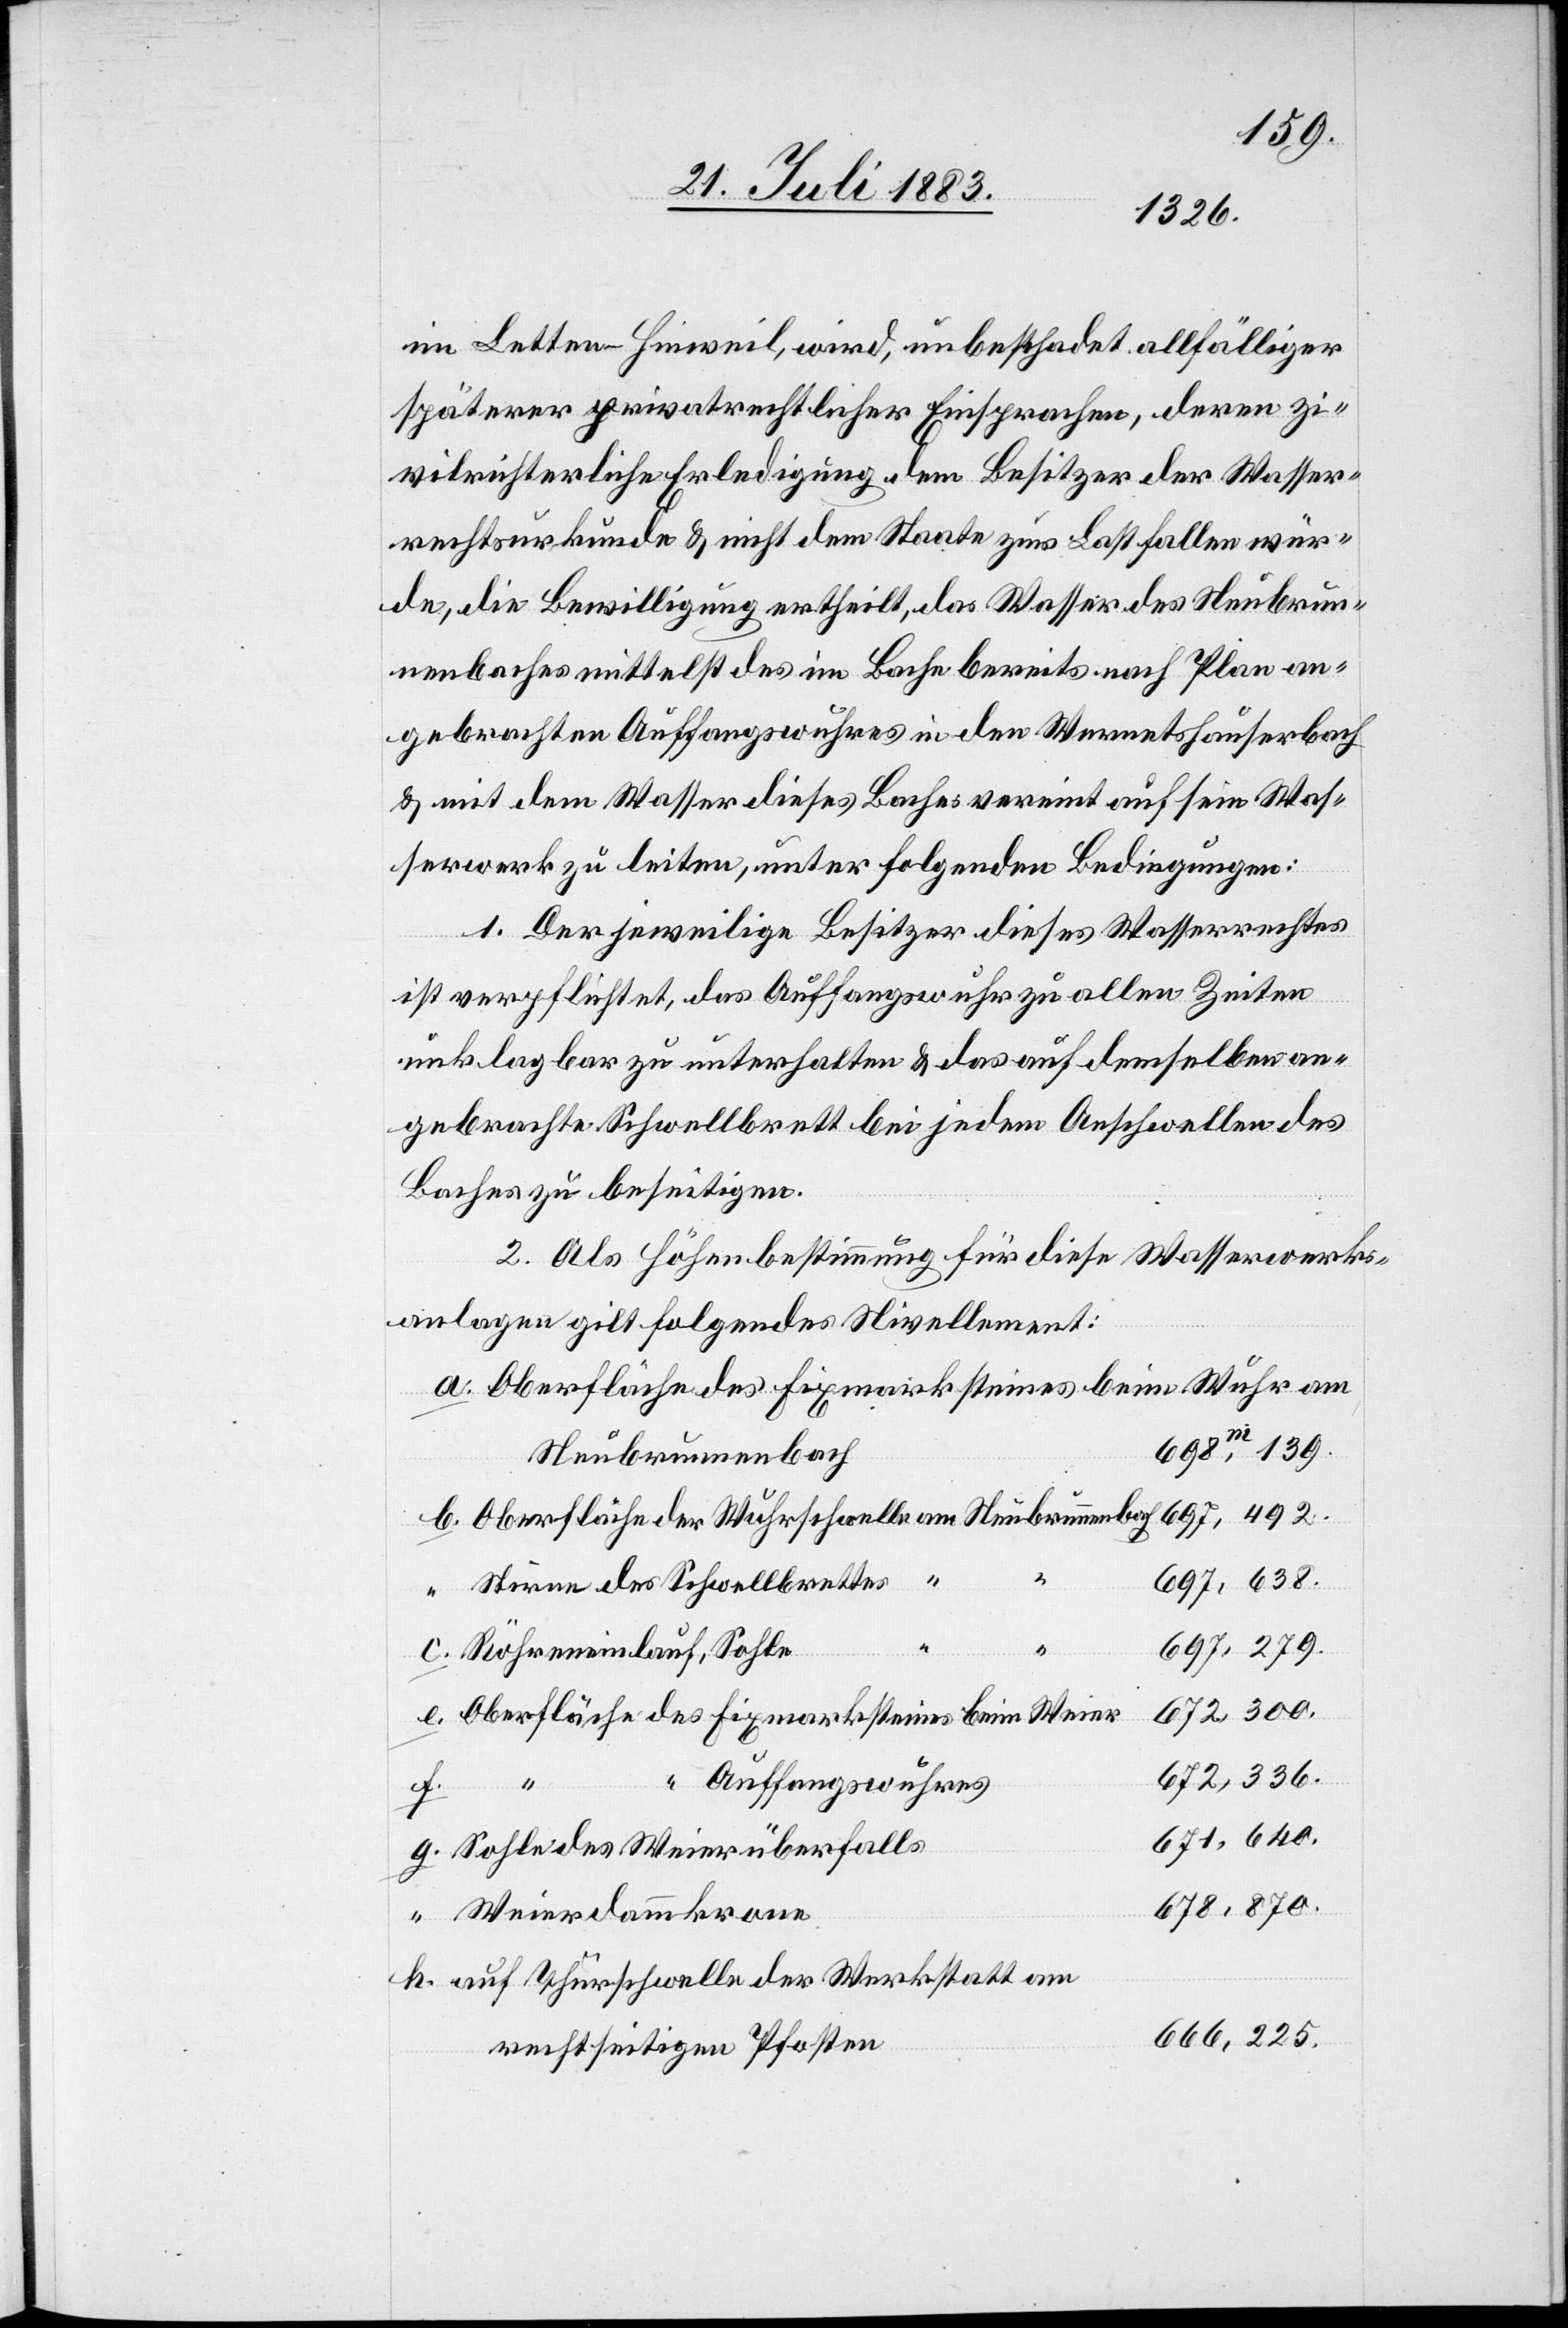
139.
im Letten - Hinweil, wird, unbeschadet allfälliger
späterer privatrechtlicher Einsprachen, deren zi¬
vilrichterliche Erledigung dem Besitzer der Wasser¬
rechtsurkunde & nicht dem Staate zur Last fallen wür¬
de, die Bewilligung ertheilt, das Wasser des Neubrun¬
nenbaches mittelst des im Bache bereits nach Plan an¬
gebrachten Auffangswuhres in den Wernetshauserbach
& mit dem Wasser dieses Baches vereint auf sein Was¬
serwerk zu leiten, unter folgenden Bedingungen:
1. Der jeweilige Besitzer dieses Wasserrechtes
ist verpflichtet, das Auffangswuhr zu allen Zeiten
unklagbar zu unterhalten & das auf demselben an¬
gebrachte Schwellbrett bei jedem Anschwellen des
Baches zu beseitigen.
2. Als Höhenbestimmung für diese Wasserwerks¬
anlage gilt folgendes Nivellement:
Oberfläche des Fixmarksteines beim Wuhr am
225.
Neubrunnenbach
Oberfläche der Wuhrschwelle am Neubrunnenbach
Steine des Schwellbrettes “
Röhreneinlauf, Sohle
Oberfläche des Fixmarksteines beim Weier
“ Auffangswuhres
h.
Sohle des Weierüberfalls
Weierdammkrone
auf Thürschwelle der Werkstatt am
rechtseitigen Pfosten